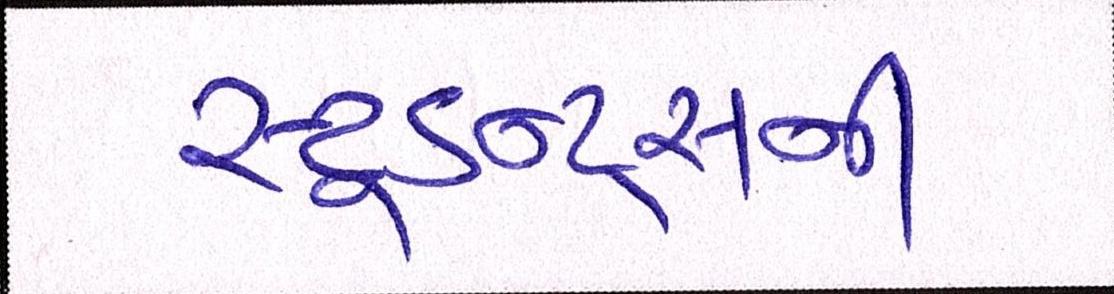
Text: સ્ટુડન્ટ્સની